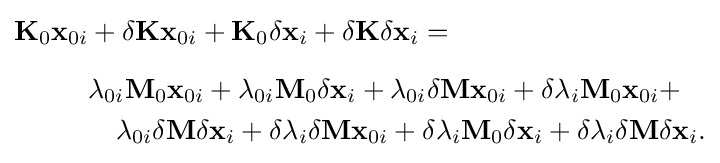
{\begin{aligned}\mathbf {K} _{0}\mathbf {x} _{0i}&+\delta \mathbf {K} \mathbf {x} _{0i}+\mathbf {K} _{0}\delta \mathbf {x} _{i}+\delta \mathbf {K} \delta \mathbf {x} _{i}=\\[6pt]&\lambda _{0i}\mathbf {M} _{0}\mathbf {x} _{0i}+\lambda _{0i}\mathbf {M} _{0}\delta \mathbf {x} _{i}+\lambda _{0i}\delta \mathbf {M} \mathbf {x} _{0i}+\delta \lambda _{i}\mathbf {M} _{0}\mathbf {x} _{0i}+\\&\quad \lambda _{0i}\delta \mathbf {M} \delta \mathbf {x} _{i}+\delta \lambda _{i}\delta \mathbf {M} \mathbf {x} _{0i}+\delta \lambda _{i}\mathbf {M} _{0}\delta \mathbf {x} _{i}+\delta \lambda _{i}\delta \mathbf {M} \delta \mathbf {x} _{i}.\end{aligned}}